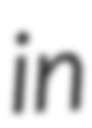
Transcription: in